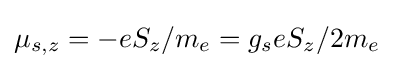
\mu _{s,z}=-eS_{z}/m_{e}=g_{s}eS_{z}/2m_{e}\,\!